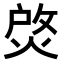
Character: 𤉰